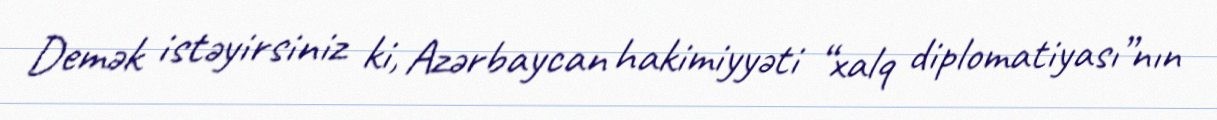
Demək istəyirsiniz ki, Azərbaycan hakimiyyəti “xalq diplomatiyası”nın